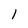
Character: l